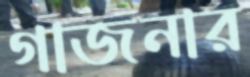
গাজনার